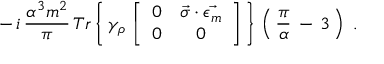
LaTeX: - \, i \, \frac { \alpha ^ { 3 } m ^ { 2 } } { \pi } \, T r \left\{ \, \gamma _ { \rho } \, \left[ \begin{array} { c c } { { 0 } } & { { \vec { \sigma } \cdot \vec { \epsilon _ { m } } } } \\ { { 0 } } & { { 0 } } \end{array} \right] \, \right\} \, \left( \, \frac { \pi } { \alpha } \, - \, 3 \, \right) \ .